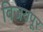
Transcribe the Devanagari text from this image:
विजयपूर